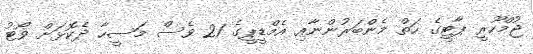
ޖުމްހޫރީ ޕާޓީގެ ހަތް މެންބަރުންނާއި އެމްޑީޕީގެ 21 ވެސް މަސީހާ ދެކޮޅަށް ވޯޓު